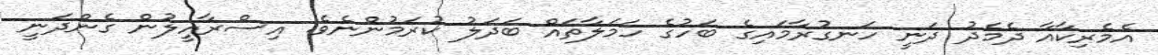
އެމެރިކާއާ ދެމެދު ދަނީ ހަނގުރާމައިގެ ބަހުގެ ހަމަލާތައް ބަދަލު ކުރަމުންނެވެ. އިސްރާއީލުން ގެންދަނީ